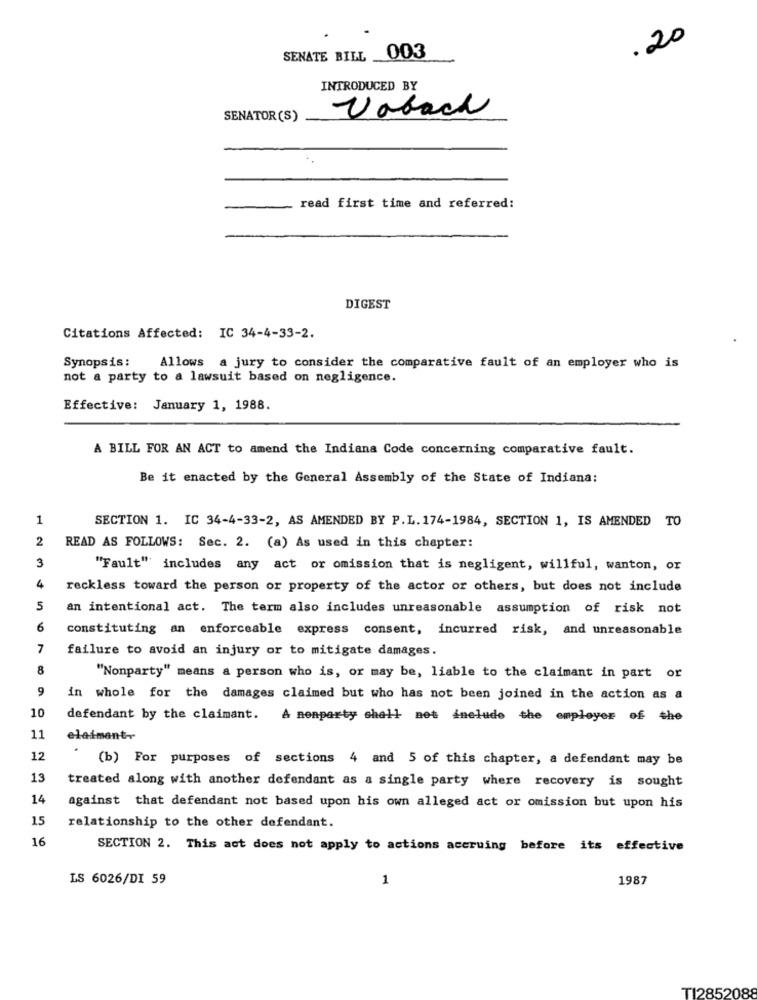
.20
SENATE BILL _003
INTRODUCED BY
Vabach
SENATOR (S)
read first time and referred:
DIGEST
Citations Affected: IC 34-4-33-2.
Synopsis:
Allows a jury to consider the comparative fault of an employer who is
not a party to a lawsuit based on negligence.
Effective: January 1, 1988.
A BILL FOR AN ACT to amend the Indiana Code concerning comparative fault.
Be it enacted by the General Assembly of the State of Indiana:
1
SECTION 1. IC 34-4-33-2, AS AMENDED BY P.L. 174-1984, SECTION 1, IS AMENDED TO
2
READ AS FOLLOWS: Sec. 2. (a) As used in this chapter:
3
"Fault" includes any act or omission that is negligent, willful, wanton, or
4
reckless toward the person or property of the actor or others, but does not include
5
an intentional act. The term also includes unreasonable assumption of risk not
6
constituting an enforceable express consent, incurred risk, and unreasonable
7
failure to avoid an injury or to mitigate damages.
8
"Nonparty" means a person who is, or may be, liable to the claimant in part or
9
in whole for the damages claimed but who has not been joined in the action as a
10
defendant by the claimant.
A nonparty shall not include the employer of the
11
elaimant-
12
(b) For purposes of sections 4 and 5 of this chapter, a defendant may be
13
treated along with another defendant as a single party where recovery is sought
14
against that defendant not based upon his own alleged act or omission but upon his
15
relationship to the other defendant.
16
SECTION 2. This act does not apply to actions accruing before its effective
LS 6026/DI 59
1
1987
T12852088